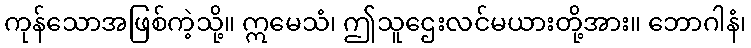
ကုန်သောအဖြစ်ကဲ့သို့။ ဣမေသံ၊ ဤသူဌေးလင်မယားတို့အား။ ဘောဂါနံ၊